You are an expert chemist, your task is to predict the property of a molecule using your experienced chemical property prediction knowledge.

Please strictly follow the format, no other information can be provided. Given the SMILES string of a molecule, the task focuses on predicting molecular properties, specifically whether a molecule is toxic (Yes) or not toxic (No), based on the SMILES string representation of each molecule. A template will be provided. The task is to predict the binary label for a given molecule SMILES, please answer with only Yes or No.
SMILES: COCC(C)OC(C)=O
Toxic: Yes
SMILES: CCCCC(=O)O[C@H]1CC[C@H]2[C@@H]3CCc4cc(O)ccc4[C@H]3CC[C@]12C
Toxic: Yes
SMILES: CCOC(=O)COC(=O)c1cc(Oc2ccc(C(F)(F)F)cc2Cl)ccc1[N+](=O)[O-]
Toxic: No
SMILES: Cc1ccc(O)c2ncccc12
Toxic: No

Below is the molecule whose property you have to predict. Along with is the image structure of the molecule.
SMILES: C[C@]12CC[C@@H]3[C@H]4CCC(=O)C=C4CC[C@H]3[C@@H]1CC[C@@H]2OC(=O)CCC1CCCCC1
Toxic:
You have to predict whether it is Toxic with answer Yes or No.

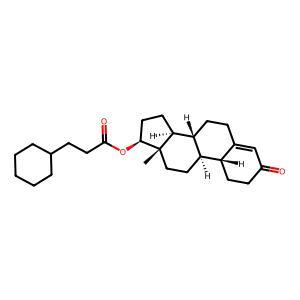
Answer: No